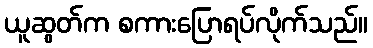
ယူဆွတ်က စကားပြောရပ်လိုက်သည်။